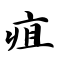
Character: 疽